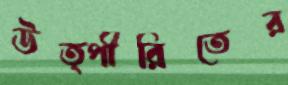
উত্পীরিতের